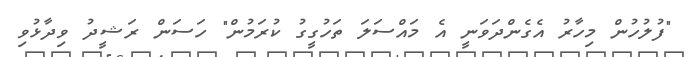
"ފުލުހުން މިހާރު އެގެންދަވަނީ އެ މައްސަލަ ތަހުގީގު ކުރަމުން" ހަސަން ރަޝީދު ވިދާޅުވި